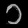
Digit: ၁